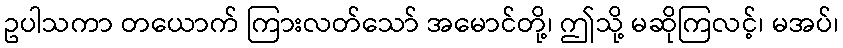
ဥပါသကာ တယောက် ကြားလတ်သော် အမောင်တို့၊ ဤသို့ မဆိုကြလင့်၊ မအပ်၊